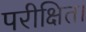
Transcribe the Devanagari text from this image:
परीक्षित।